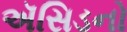
ઍસિડનો